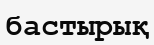
бастырық